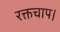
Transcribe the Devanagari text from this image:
रक्तचाप।